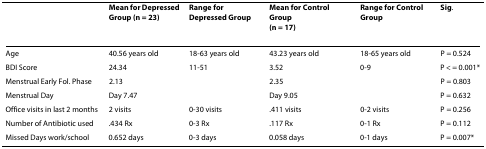
<table><thead><tr><td></td><td><b>Mean for Depressed Group (n = 23)</b></td><td><b>Range for Depressed Group</b></td><td><b>Mean for Control Group(n = 17)</b></td><td><b>Range for Control Group</b></td><td><b>Sig.</b></td></tr></thead><tbody><tr><td>Age</td><td>40.56 years old</td><td>18-63 years old</td><td>43.23 years old</td><td>18-65 years old</td><td>P = 0.524</td></tr><tr><td>BDI Score</td><td>24.34</td><td>11-51</td><td>3.52</td><td>0-9</td><td>P &lt; = 0.001*</td></tr><tr><td>Menstrual Early Fol. Phase</td><td>2.13</td><td></td><td>2.35</td><td></td><td>P = 0.803</td></tr><tr><td>Menstrual Day</td><td>Day 7.47</td><td></td><td>Day 9.05</td><td></td><td>P = 0.632</td></tr><tr><td>Office visits in last 2 months</td><td>2 visits</td><td>0-30 visits</td><td>.411 visits</td><td>0-2 visits</td><td>P = 0.256</td></tr><tr><td>Number of Antibiotic used</td><td>.434 Rx</td><td>0-3 Rx</td><td>.117 Rx</td><td>0-1 Rx</td><td>P = 0.112</td></tr><tr><td>Missed Days work/school</td><td>0.652 days</td><td>0-3 days</td><td>0.058 days</td><td>0-1 days</td><td>P = 0.007*</td></tr></tbody></table>